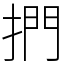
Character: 捫